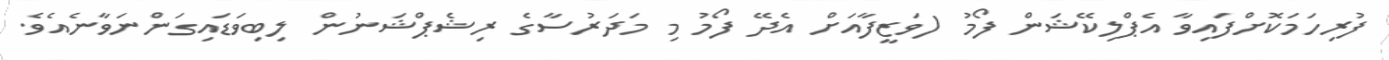
ފުރިހަމަކޮށްފައިވާ އެޕްލިކޭޝަން ފޯމު (ވަޒީފާއަށް އެދޭ ފޯމު މި މަދަރުސާގެ ރިޝެޕްޝަނުން ލިބިވަޑައިގަންނަވާނެއެވެ.